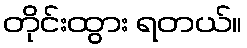
တိုင်းထွား ရတယ်။